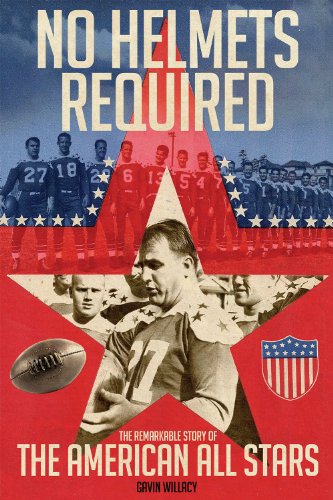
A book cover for No Helmets Required: The Remarkable Story of the American All Stars; Gavin Willacy; Sports & Outdoors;